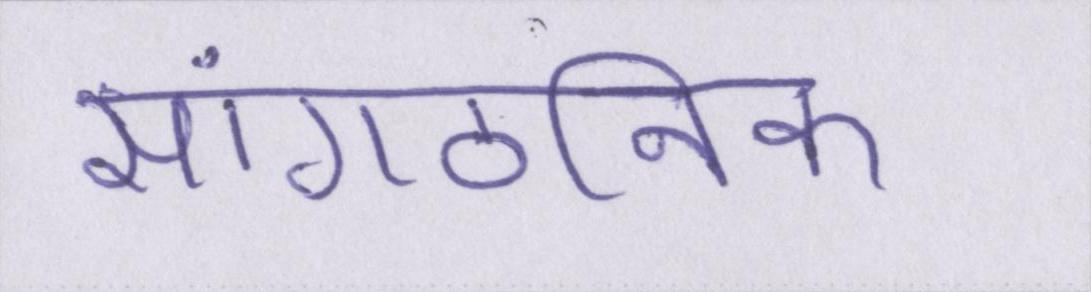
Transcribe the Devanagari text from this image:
सांगठनिक